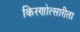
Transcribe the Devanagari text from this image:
किरणोत्सारीता